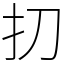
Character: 㧅